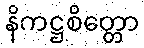
နိကဋ္ဌစိတ္တော